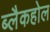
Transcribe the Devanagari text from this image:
ब्लैकहोल